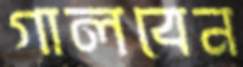
গালবেন